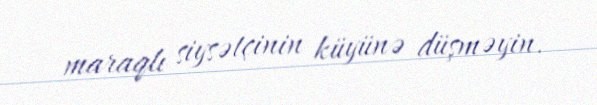
maraqlı siysətçinin küyünə düşməyin.